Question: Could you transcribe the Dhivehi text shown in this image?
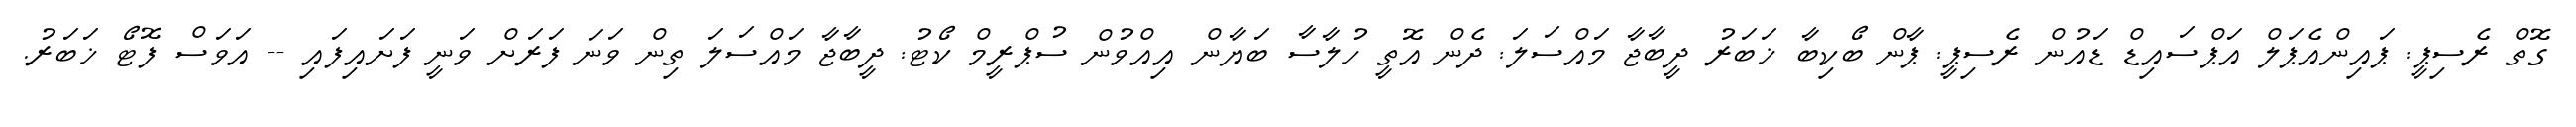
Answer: ގޮތް ރެސިޕީ: ޕައިންއެޕަލް އަޕްސައިޑް ޑައުން ރެސިޕީ: ޕާން ބޯކިބާ ޚަބަރު ދީބާޖާ މައްސަލަ: ދެން އޮތީ ހުލާސާ ބަޔާން އިއްވުން ސުޕްރީމް ކޯޓު: ދީބާޖާ މައްސަލަ ތިން ވަނަ ފަރަށް ވަނީ ފަށައިފައި -- އަވަސް ފޮޓޯ ޚަބަރު.